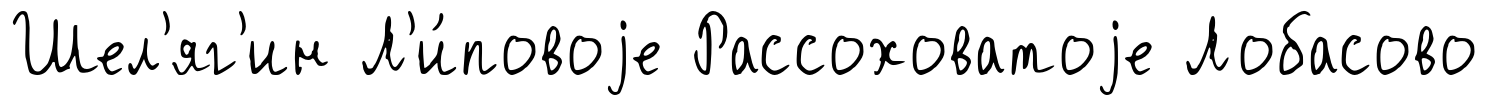
Шел'яг'ин Л'и́повоjе Рассоховатоjе Лобасово